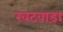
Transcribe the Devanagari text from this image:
खटवाड़ा